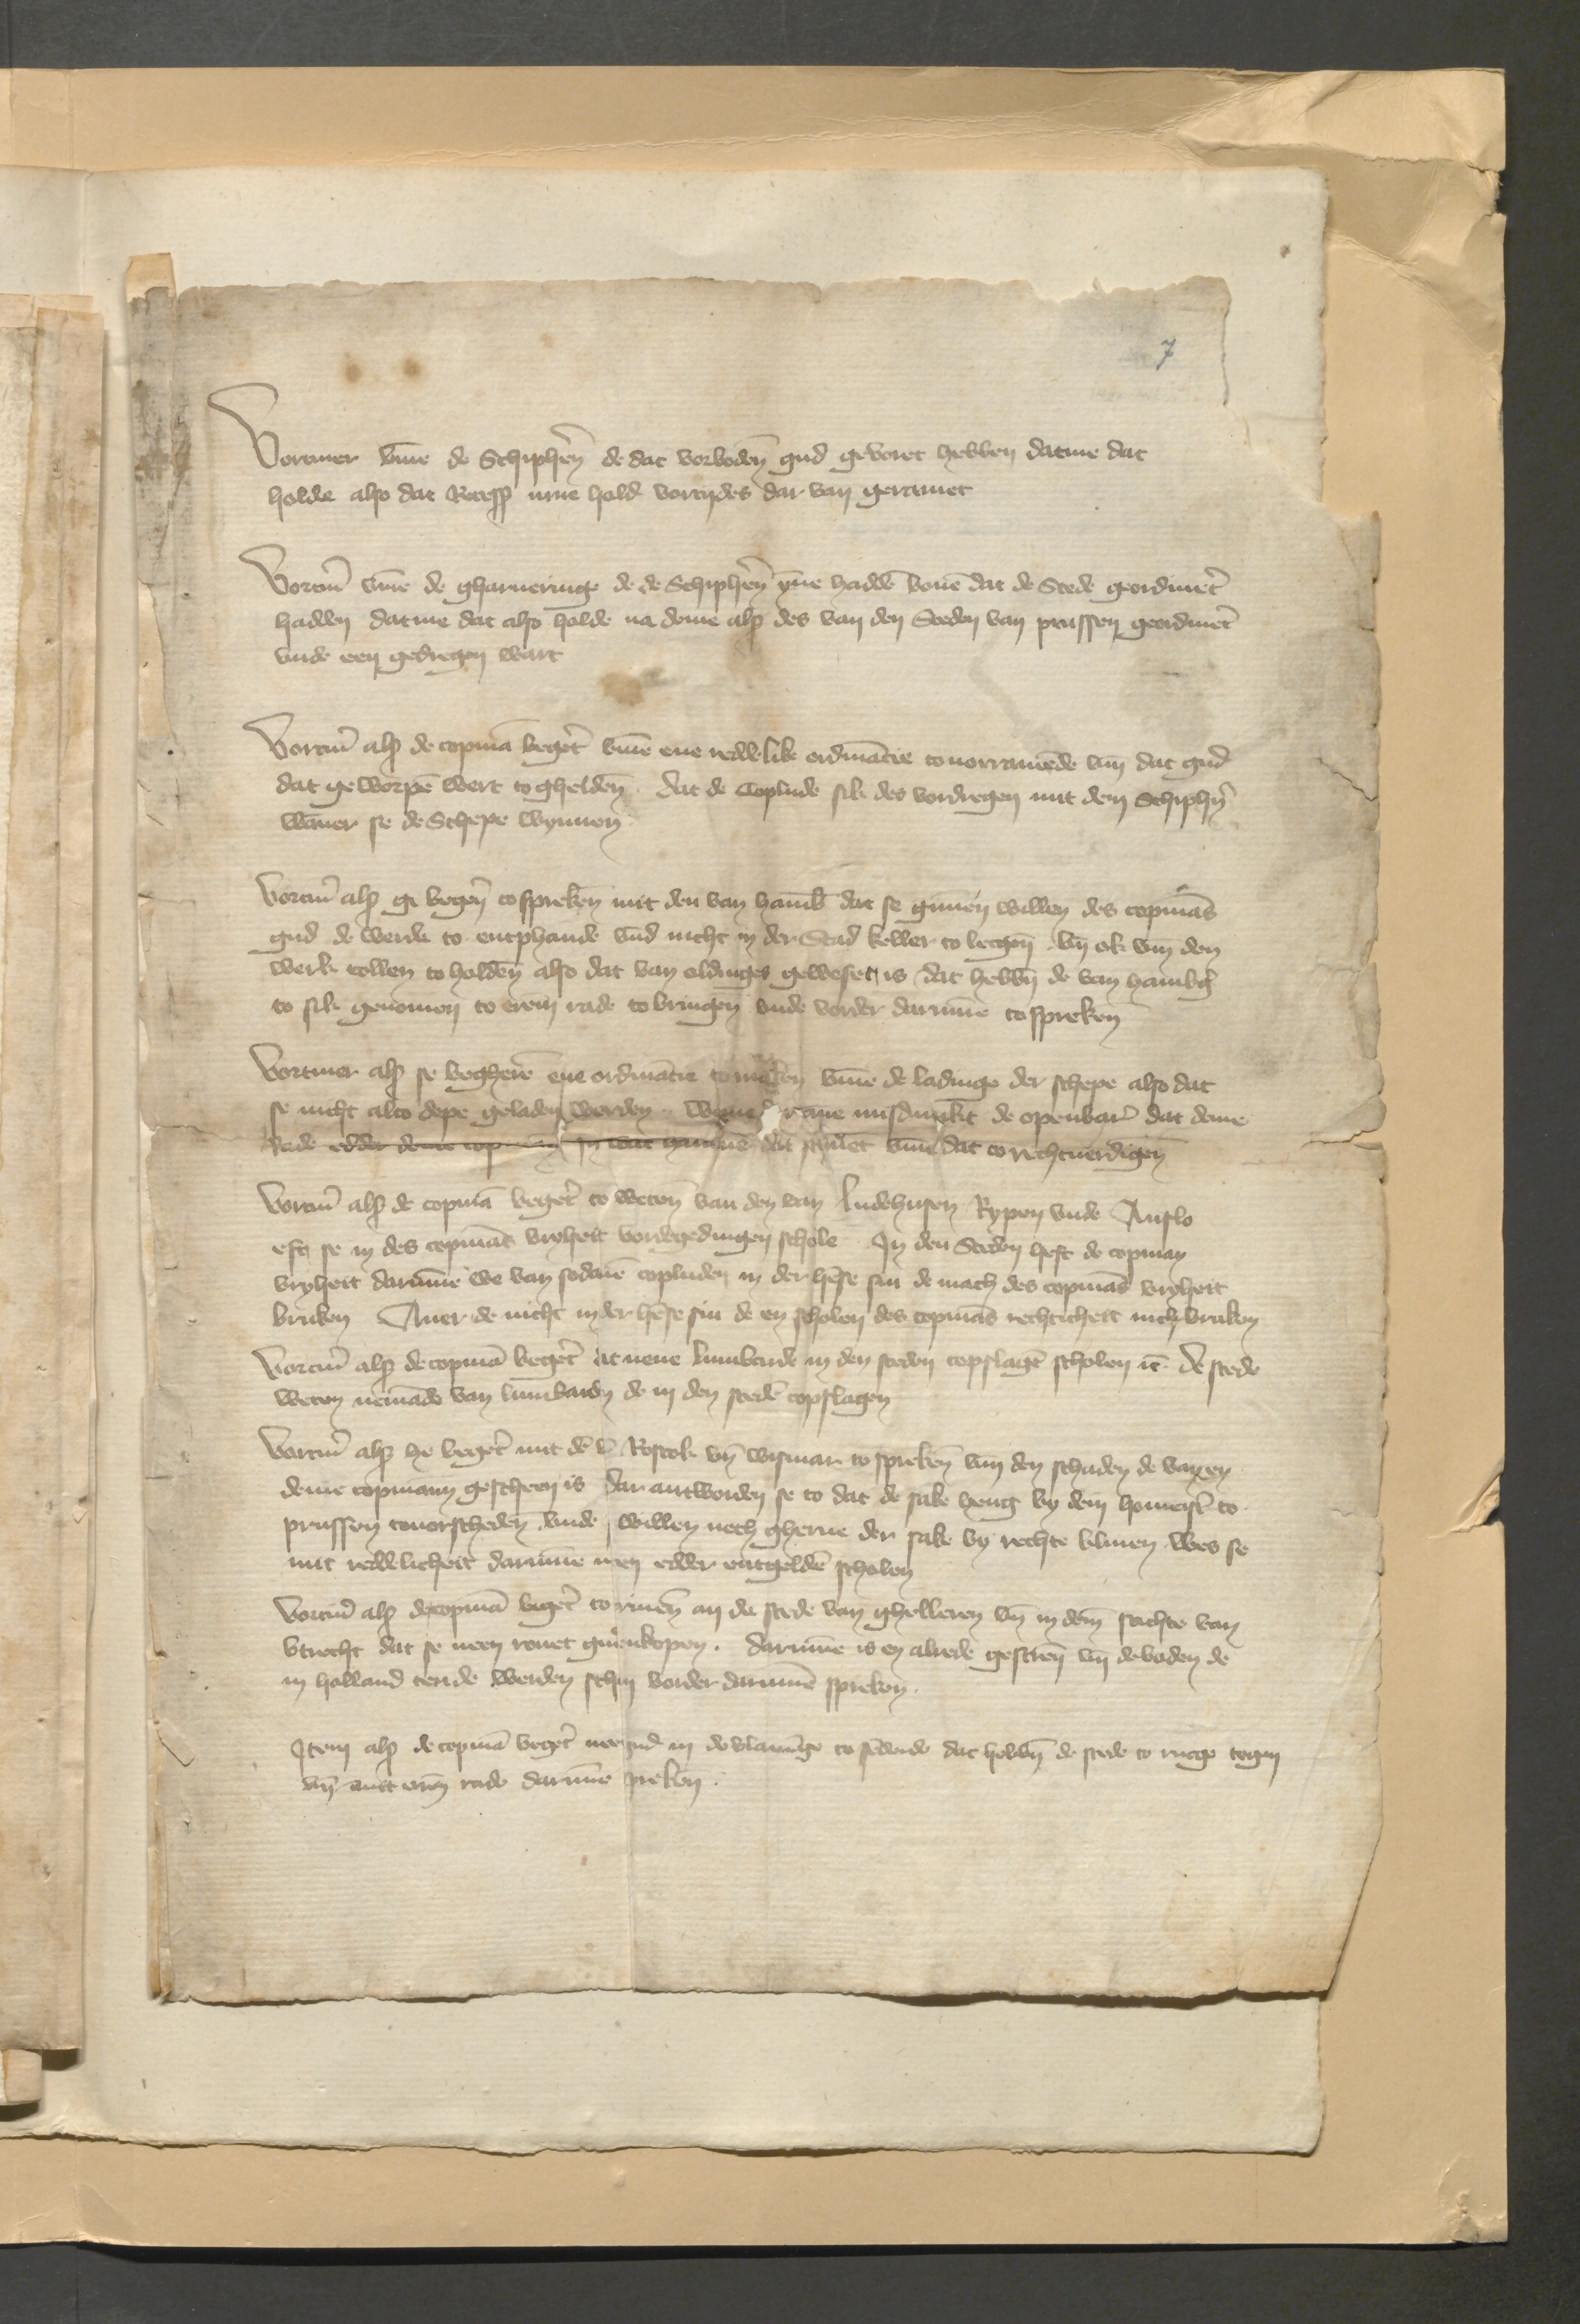
7
Vorauer vmme de Schipheren de dat vorbodenen gud geboret hebben datme dat
holde also dat Recess inne hold vortydes dar van geramet

Vortmer vmme de gharueringe de de Schipheren ynne hadden bouen dat de Stede geordineret
hadden datme dat also holde na deme als des van den Steden van Prussen geordenineret
vnde een gedregen wart

Voremer als de Copman begeret vmme ene reddelike ordinancie to uorramende vnd dat gud
dat geworpen wert to gheldenen, dat de Coplude sik des vordregen mit dem Schipheren
wanner se de Schepe wynnen

Vormer als gi bogenen spreken mit den van Hamburg dat se gunnen willen des Copmans
gud de werde to entphande vnd nicht in der Stad keller to lecgen vnd ok van den
werk tollen toholdenen also dat van oldinges geweset, is dat hebben de van Hamburg
to sick genomen to erem rade tobringen vnde vnder darumme tospreken

Vortmer als se begheren ene ordinancien tomaken vmme de ladinge der schepe also dat
se nicht also depe geladen werden, wan ane misdunket de openbare dat deme
Rade dar den p genne dat schuet vmme dat rechtuerdigen

Vorauer als de Copmann begeret to weten van den van Ludehusen Rypen vnde Anslo
eft de in des Copman vryheit vorgegedungen schole Jn den Steden heft de Copman
vryheit darumme we van sodanen Copluden in der hense sin de mach des Copman vryheit
bruken Auer de nicht in der hense sin de en scholen des Copmans rechticheit nich bruken
Vorauer als de Copmann begeret dat nene Lumbarde in den steden Copslagen scholen etcetera de stede
weten nemande van Lumbarden de in den steden vpslagen,

Vormer als he begeret mit den van Rostok vnd Wismar to spreken van den schaden de van ey
deme Copmann gescheen is dar antworden se to dat de sake heng by dem homeister to
Prussen touorscheden vnde willen neth gerne der sake by rechte bliuen, wes se
mit reddelicheit darumme men edder entgelden scholen
Vortmer als de copman begeret to riuenen an de stede van ghelleren vnd in deme sachte van
Vtrecht dat se neen rouet guenkopen, darumme es en altede gesten vnd de boden de
in Holland tende werden schin vorder darumme spreken

Jtem als de copmann begeret nemand in de vlaminge to sendende dat hebben de stede to mege tegen
vnd mitt eren rade darumme spreken